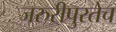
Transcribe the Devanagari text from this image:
जरुरीपुरतेच